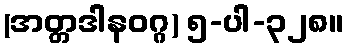
(အတ္တဒါနဝဂ္ဂ) ၅-ပါ-၃၂၈။